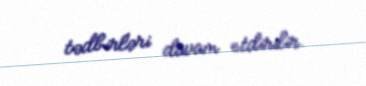
tədbirləri davam etdirilir.